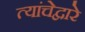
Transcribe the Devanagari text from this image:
त्यांचेद्वारे